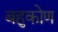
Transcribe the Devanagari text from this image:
बहुकोण